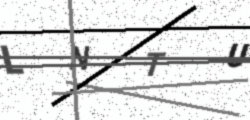
Text: LNTU